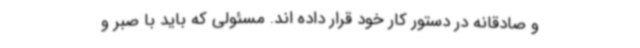
و صادقانه در دستور کار خود قرار داده اند. مسئولی که باید با صبر و